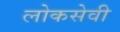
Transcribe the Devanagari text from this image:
लोकसेवी